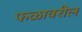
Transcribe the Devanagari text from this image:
फळावरील